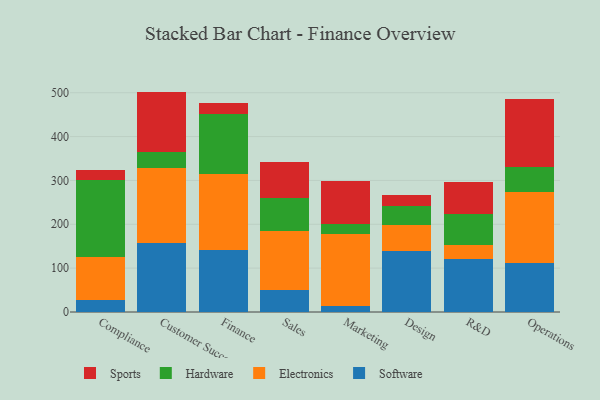
{"axis": {"x": "Department", "y": "Satisfaction Score"}, "legend": ["Electronics", "Hardware", "Software", "Sports"], "data": [{"x": "Compliance", "y": 28.5, "type": "Software"}, {"x": "Compliance", "y": 96.8, "type": "Electronics"}, {"x": "Compliance", "y": 176.8, "type": "Hardware"}, {"x": "Compliance", "y": 22.8, "type": "Sports"}, {"x": "Customer Success", "y": 157.0, "type": "Software"}, {"x": "Customer Success", "y": 171.9, "type": "Electronics"}, {"x": "Customer Success", "y": 36.2, "type": "Hardware"}, {"x": "Customer Success", "y": 137.4, "type": "Sports"}, {"x": "Finance", "y": 141.8, "type": "Software"}, {"x": "Finance", "y": 173.0, "type": "Electronics"}, {"x": "Finance", "y": 136.5, "type": "Hardware"}, {"x": "Finance", "y": 24.1, "type": "Sports"}, {"x": "Sales", "y": 50.2, "type": "Software"}, {"x": "Sales", "y": 134.4, "type": "Electronics"}, {"x": "Sales", "y": 74.9, "type": "Hardware"}, {"x": "Sales", "y": 82.9, "type": "Sports"}, {"x": "Marketing", "y": 14.3, "type": "Software"}, {"x": "Marketing", "y": 163.6, "type": "Electronics"}, {"x": "Marketing", "y": 23.6, "type": "Hardware"}, {"x": "Marketing", "y": 96.5, "type": "Sports"}, {"x": "Design", "y": 138.6, "type": "Software"}, {"x": "Design", "y": 58.8, "type": "Electronics"}, {"x": "Design", "y": 43.7, "type": "Hardware"}, {"x": "Design", "y": 24.6, "type": "Sports"}, {"x": "R&D", "y": 121.3, "type": "Software"}, {"x": "R&D", "y": 30.9, "type": "Electronics"}, {"x": "R&D", "y": 72.3, "type": "Hardware"}, {"x": "R&D", "y": 70.8, "type": "Sports"}, {"x": "Operations", "y": 111.1, "type": "Software"}, {"x": "Operations", "y": 163.1, "type": "Electronics"}, {"x": "Operations", "y": 56.9, "type": "Hardware"}, {"x": "Operations", "y": 153.7, "type": "Sports"}]}